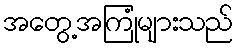
အတွေ့အကြုံများသည်